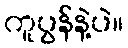
ကူပွန်နဲ့ပဲ။